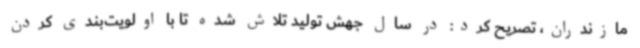
مازندران، تصریح کرد: در سال جهش تولید تلاش شده تا با اولویت‌بندی کردن